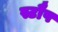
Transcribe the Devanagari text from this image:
स्टौप